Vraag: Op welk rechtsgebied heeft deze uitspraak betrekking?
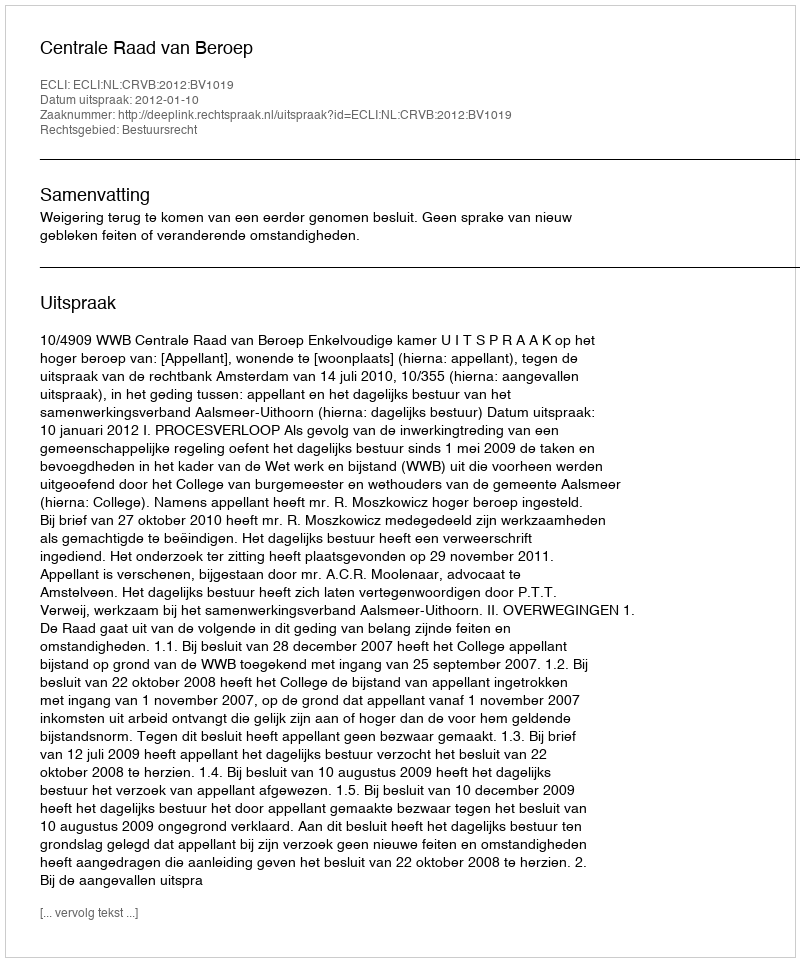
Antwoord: Bestuursrecht